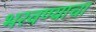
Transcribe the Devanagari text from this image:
भरवण्याचा